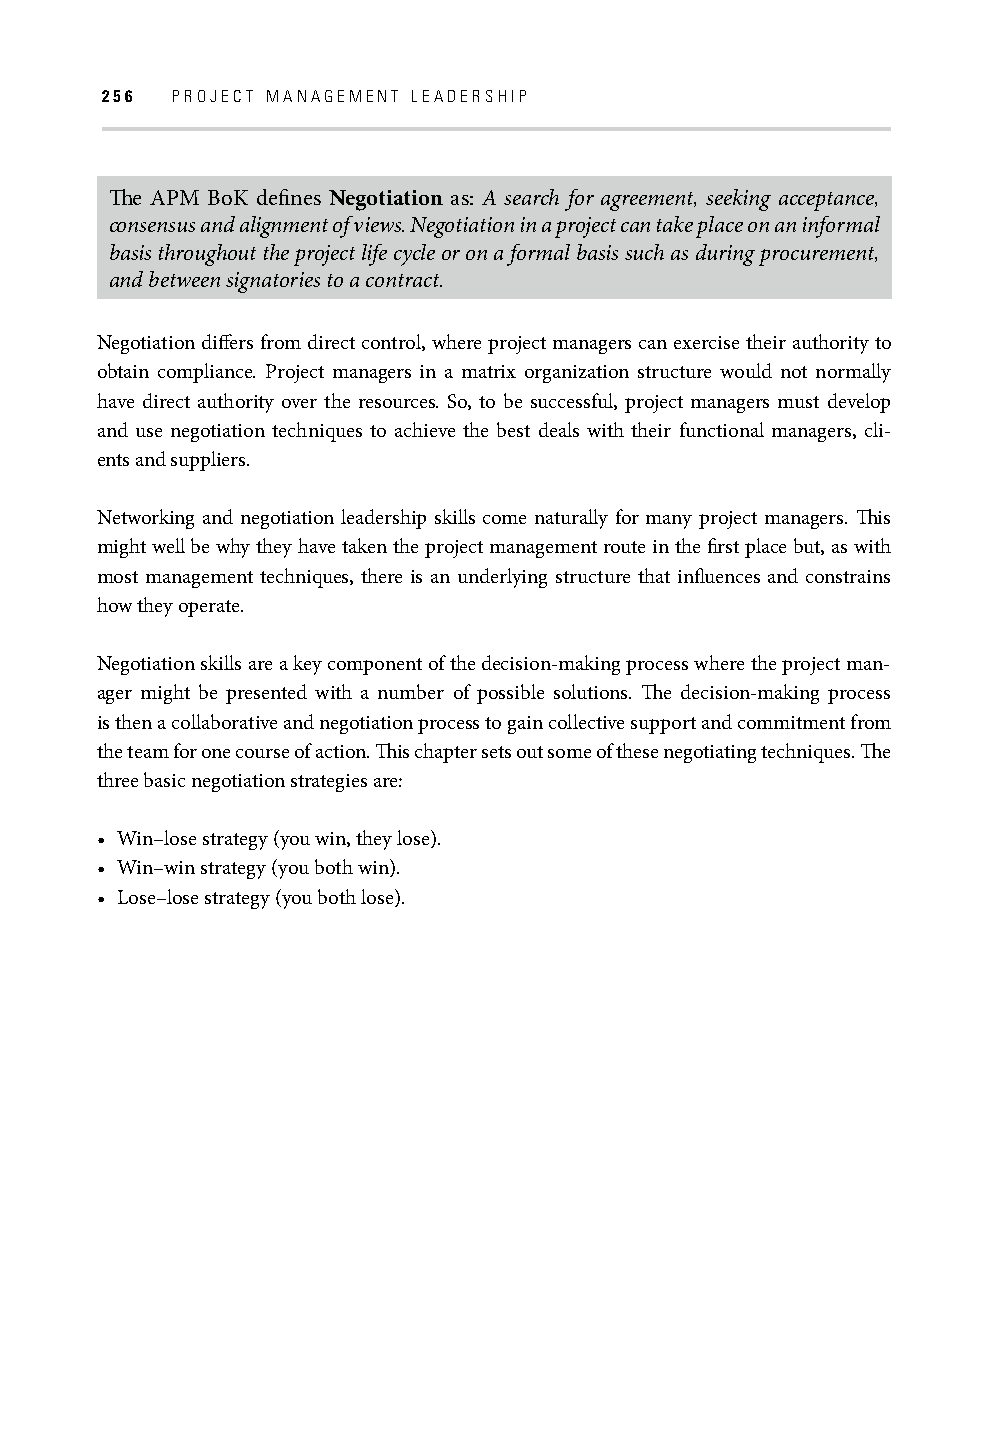
256 PROJECT MANAGEMENT LEADERSHIP
 Th e APM BoK defi nes Negotiation as: A search for agreement, seeking acceptance,
 consensus and alignment of views. Negotiation in a project can take place on an informal
 basis throughout the project life cycle or on a formal basis such as during procurement,
 and between signatories to a contract.
 Negotiation diff ers from direct control, where project managers can exercise their authority to
 obtain compliance. Project managers in a matrix organization structure would not normally
 have direct authority over the resources. So, to be successful, project managers must develop
 and use negotiation techniques to achieve the best deals with their functional managers, cli-
 ents and suppliers.
 Networking and negotiation leadership skills come naturally for many project managers. Th is
 might well be why they have taken the project management route in the fi rst place but, as with
 most management techniques, there is an underlying structure that infl uences and constrains
 how they operate.
 Negotiation skills are a key component of the decision-making process where the project man-
 ager might be presented with a number of possible solutions. Th e decision-making process
 is then a collaborative and negotiation process to gain collective support and commitment from
 the team for one course of action. Th is chapter sets out some of these negotiating techniques. Th e
 three basic negotiation strategies are:
 • Win–lose strategy (you win, they lose).
 • Win–win strategy (you both win).
 • Lose–lose strategy (you both lose).